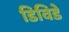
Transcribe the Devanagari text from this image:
डिविडे